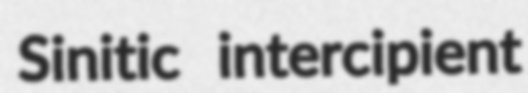
Sinitic intercipient